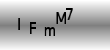
Text: IFmM7